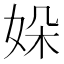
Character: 㛊